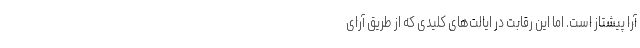
آرا پیشتاز است. اما این رقابت در ایالت‌های کلیدی که از طریق آرای